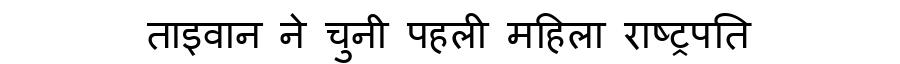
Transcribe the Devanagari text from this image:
ताइवान ने चुनी पहली महिला राष्ट्रपति